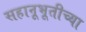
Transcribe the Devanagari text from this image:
सहानूभूतीच्या